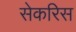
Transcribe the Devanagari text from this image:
सेकरिस